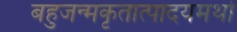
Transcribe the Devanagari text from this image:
बहुजन्मकृतात्पादयमर्थो